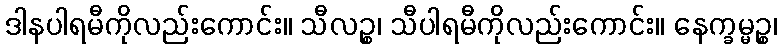
ဒါနပါရမီကိုလည်းကောင်း။ သီလဉ္စ၊ သီပါရမီကိုလည်းကောင်း။ နေက္ခမ္မဉ္စ၊